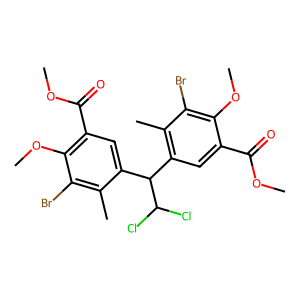
SMILES: COC(=O)c1cc(C(c2cc(C(=O)OC)c(OC)c(Br)c2C)C(Cl)Cl)c(C)c(Br)c1OC
Inhibits HIV replication: No